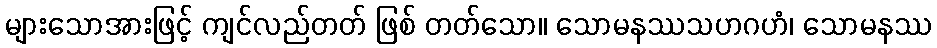
များသောအားဖြင့် ကျင်လည်တတ် ဖြစ် တတ်သော။ သောမနဿသဟဂဟံ၊ သောမနဿ